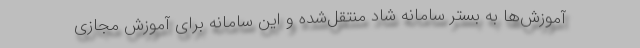
آموزش‌ها به بستر سامانه شاد منتقل‌شده و این سامانه برای آموزش مجازی